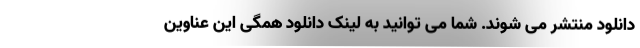
دانلود منتشر می شوند. شما می توانید به لینک دانلود همگی این عناوین